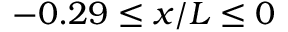
- 0 . 2 9 \leq x / L \leq 0